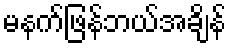
မနက်ဖြန်ဘယ်အချိန်